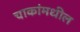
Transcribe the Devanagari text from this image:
चाकांमधील